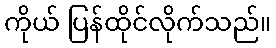
ကိုယ် ပြန်ထိုင်လိုက်သည်။